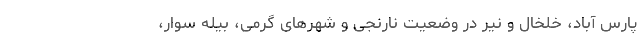
پارس آباد، خلخال و نیر در وضعیت نارنجی و شهرهای گرمی، بیله سوار،